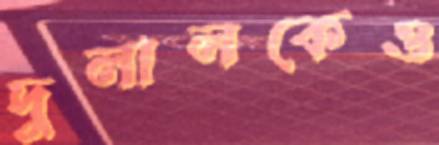
দুলালকেও